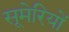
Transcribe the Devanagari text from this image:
सूमेरियों